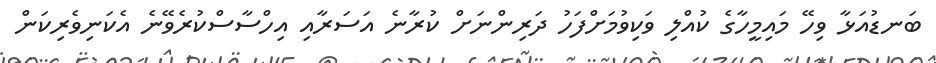
ބަނޑުއަޅާ ވިހޭ މައިމީހާގެ ކުއްލި ވަކިވުމަށްފަހު ދަރިންނަށް ކުރާނެ އަސަރާއި އިހްސާސްކުރެވޭނެ އެކަނިވެރިކަން